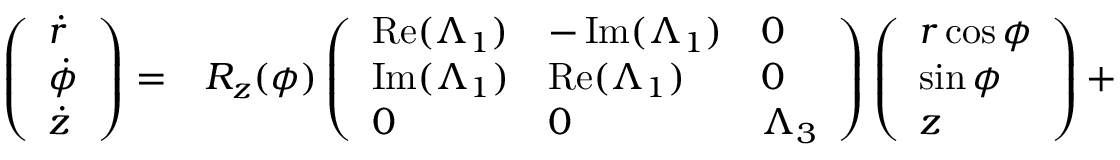
\begin{array} { r l } { \left( \begin{array} { l } { \dot { r } } \\ { \dot { \phi } } \\ { \dot { z } } \end{array} \right) = } & { { } R _ { z } ( \phi ) \left( \begin{array} { l l l } { \operatorname { R e } ( \Lambda _ { 1 } ) } & { - \operatorname { I m } ( \Lambda _ { 1 } ) } & { 0 } \\ { \operatorname { I m } ( \Lambda _ { 1 } ) } & { \operatorname { R e } ( \Lambda _ { 1 } ) } & { 0 } \\ { 0 } & { 0 } & { \Lambda _ { 3 } } \end{array} \right) \left( \begin{array} { l } { r \cos \phi } \\ { \sin \phi } \\ { z } \end{array} \right) + } \end{array}